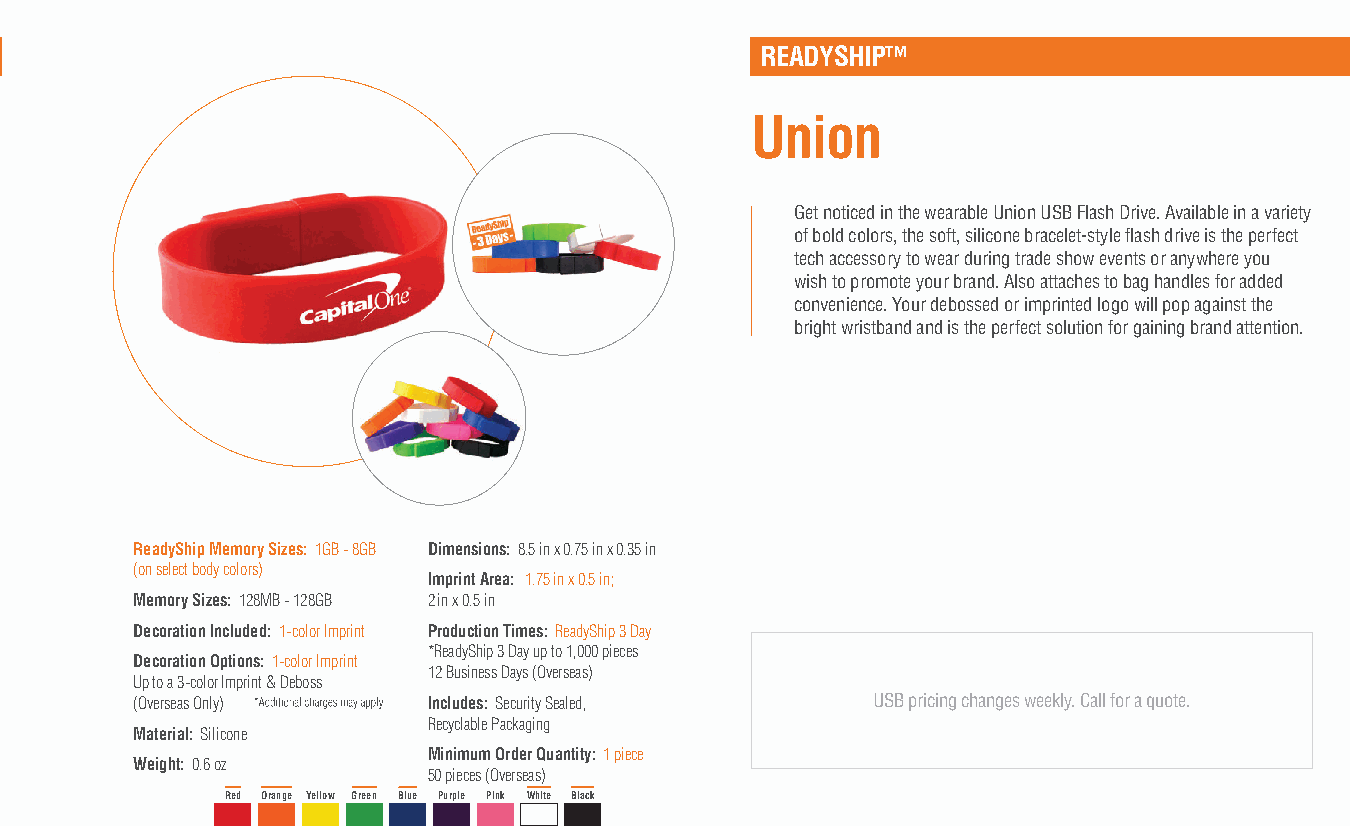
READYSHIP™
 Union
 Get noticed in the wearable Union USB Flash Drive. Available in a variety
 of bold colors, the soft, silicone bracelet-style flash drive is the perfect
 tech accessory to wear during trade show events or anywhere you
 wish to promote your brand. Also attaches to bag handles for added
 convenience. Your debossed or imprinted logo will pop against the
 bright wristband and is the perfect solution for gaining brand attention.
 ReadyShip Memory Sizes: 1GB - 8GB Dimensions: 8.5 in x 0.75 in x 0.35 in
 (on select body colors)
 Imprint Area: 1.75 in x 0.5 in;
 Memory Sizes: 128MB - 128GB 2 in x 0.5 in
 Decoration Included: 1-color Imprint Production Times: ReadyShip 3 Day
 *ReadyShip 3 Day up to 1,000 pieces
 Decoration Options: 1-color Imprint
 12 Business Days (Overseas)
 Up to a 3-color Imprint & Deboss
 (Overseas Only)    Includes: Security Sealed,    USB pricing changes weekly. Call for a quote.
 Recyclable Packaging
 Material: Silicone
 Minimum Order Quantity: 1 piece
 Weight: 0.6 oz
 50 pieces (Overseas)
 Red Orange Yellow Green Blue Purple Pink White Black